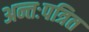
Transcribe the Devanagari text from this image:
अन्तःपत्रित